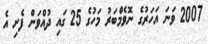
2007 ވަނަ އަހަރުގެ ނޮވެމްބަރު މަހުގެ 25 ގައި ދުއްވަން ފެށި އެ